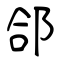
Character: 郃